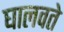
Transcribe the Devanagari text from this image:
घालवते